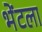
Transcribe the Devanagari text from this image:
भेंटला